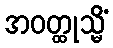
အဝတ္ထုသ္မိံ